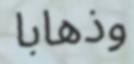
وذھابا